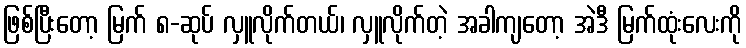
ဖြစ်ပြီးတော့ မြက် ၈-ဆုပ် လှူလိုက်တယ်၊ လှူလိုက်တဲ့ အခါကျတော့ အဲဒီ မြက်ထုံးလေးကို